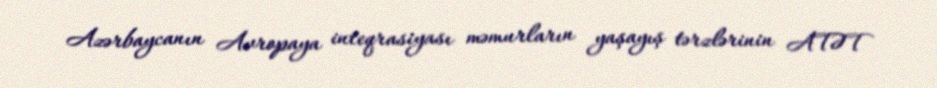
Azərbaycanın Avropaya inteqrasiyası məmurların yaşayış tərzlərinin ATƏT